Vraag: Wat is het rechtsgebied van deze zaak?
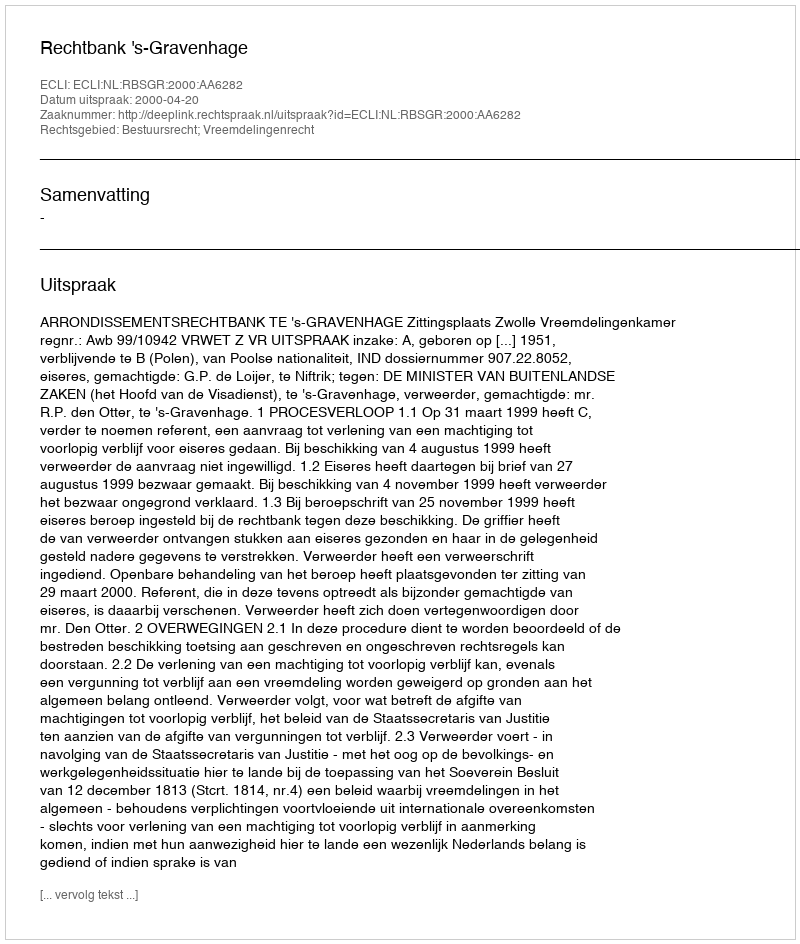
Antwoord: Bestuursrecht; Vreemdelingenrecht